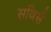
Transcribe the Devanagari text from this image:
सविर्स